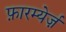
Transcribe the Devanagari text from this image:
फ़ारम्येर्ज़